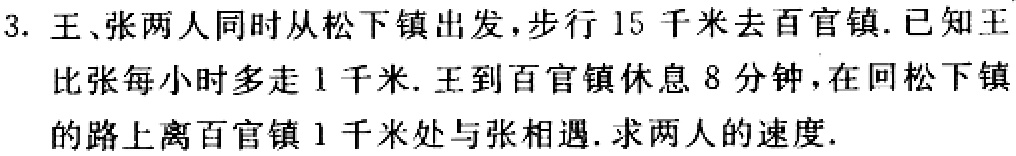
3. 王、张两人同时从松下镇出发，步行 15 千米去百官镇. 已知王比张每小时多走 1 千米. 王到百官镇休息 8 分钟，在回松下镇的路上离百官镇 1 千米处与张相遇. 求两人的速度.